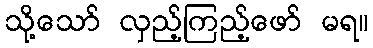
သို့သော် လှည့်ကြည့်ဖော် မရ။